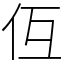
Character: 仾